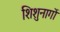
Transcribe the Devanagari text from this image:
शिशुनागों